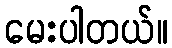
မေးပါတယ်။